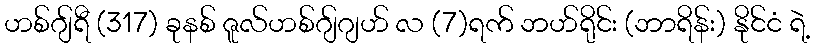
ဟစ်ဂျ်ရီ (317) ခုနစ် ဇူလ်ဟစ်ဂျ်ဂျဟ် လ (7)ရက် ဘဟ်ရိုင်း (ဘာရိန်း) နိုင်ငံ ရဲ့